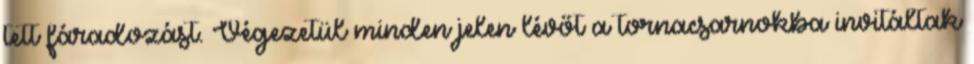
tett fáradozást. Végezetül minden jelen lévőt a tornacsarnokba invitáltak